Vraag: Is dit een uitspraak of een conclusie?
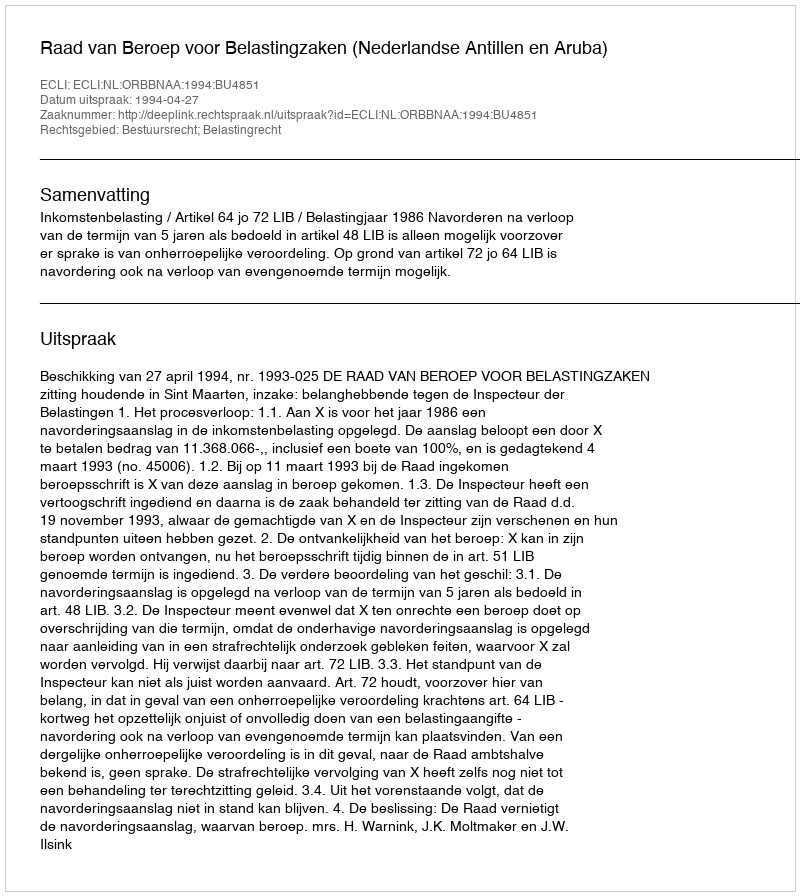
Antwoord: Uitspraak